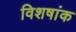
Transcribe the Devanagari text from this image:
विशषांक